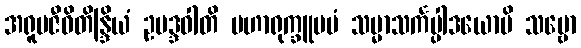
အရူပဇီဝိတိန္ဒြိယံ ဥပဒ္ဒဝါတိ မဟာရုက္ခူပမံ သမ္မာသင်္ကပ္ပါဒယောပိ သဗ္ဗော